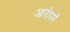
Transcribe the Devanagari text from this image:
आरोपमें